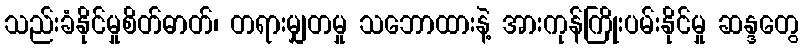
သည်းခံနိုင်မှုစိတ်ဓာတ်၊ တရားမျှတမှု သဘောထားနဲ့ အားကုန်ကြိုးပမ်းနိုင်မှု ဆန္ဒတွေ